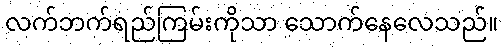
လက်ဘက်ရည်ကြမ်းကိုသာ သောက်နေလေသည်။